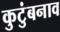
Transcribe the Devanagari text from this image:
कुटुंबनाव